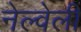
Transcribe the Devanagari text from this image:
नेल्वेली